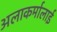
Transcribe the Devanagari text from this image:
अलाकर्मालाई